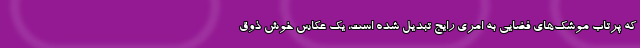
که پرتاب موشک‌های فضایی به امری رایج تبدیل شده است، یک عکاس خوش ذوق